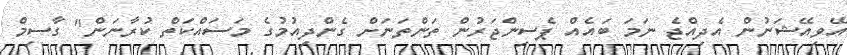
އޭވިއޭޝަނުން އެދިއްޖެ ނަމަ ބައެއް ޕެސިންޖަރުން ތަންތަނަށް ގެންދިއުމުގެ މަަސައްކަތް ކުރާނަން" ގާސިމް